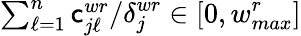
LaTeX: {\textstyle\sum_{\ell=1}^{n}\mathsf{c}_{j\ell}^{wr}}/{\delta_{j}^{wr}}\in[0,w_{max}^{r}]